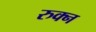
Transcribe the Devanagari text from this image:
रुक्न